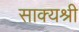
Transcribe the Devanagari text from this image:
साक्यश्री